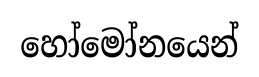
හෝමෝනයෙන්